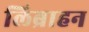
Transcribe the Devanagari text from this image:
लिब्राहन